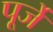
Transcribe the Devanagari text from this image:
पूर्जे